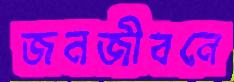
জনজীবনে